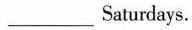
___Saturdays.